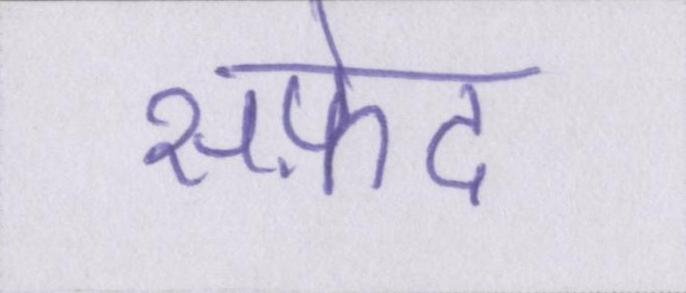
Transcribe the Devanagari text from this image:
सफ़ेद